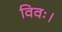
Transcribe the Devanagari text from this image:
विवः।